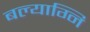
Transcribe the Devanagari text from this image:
बल्याग्नि